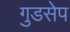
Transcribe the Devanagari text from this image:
गुडसेप